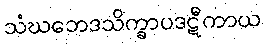
သံဃဘေဒသိက္ခာပဒဋီကာယ